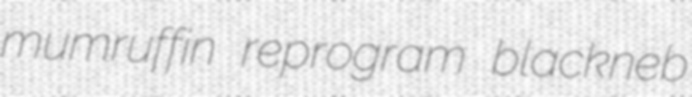
mumruffin reprogram blackneb